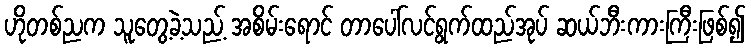
ဟိုတစ်ညက သူတွေ့ခဲ့သည့် အစိမ်းရောင် တာပေါ်လင်ရွက်ထည်အုပ် ဆယ်ဘီးကားကြီးဖြစ်၍